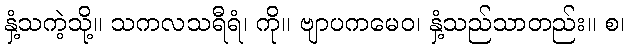
နှံ့သကဲ့သို့။ သကလသရီရံ၊ ကို။ ဗျာပကမေဝ၊ နှံ့သည်သာတည်း။ စ၊